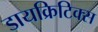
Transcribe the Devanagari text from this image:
डायक्रिटिक्स